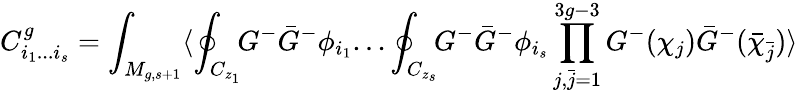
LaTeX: C_{i_{1}...i_{s}}^{g}=\int_{M_{g,s+1}}\langle\oint_{C_{z_{1}}}\! \! G^{-}{\bar{G}}^{-}\phi_{i_{1}}...\oint_{C_{z_{s}}}\! \! G^{-}{\bar{G}}^{-}\phi_{i_{s}}\prod_{j,{\bar{j}}=1}^{3g-3}G^{-}(\chi_{j}){\bar{G}}^{-}({\bar{\chi}}_{\bar{j}})\rangle